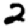
Digit: 2